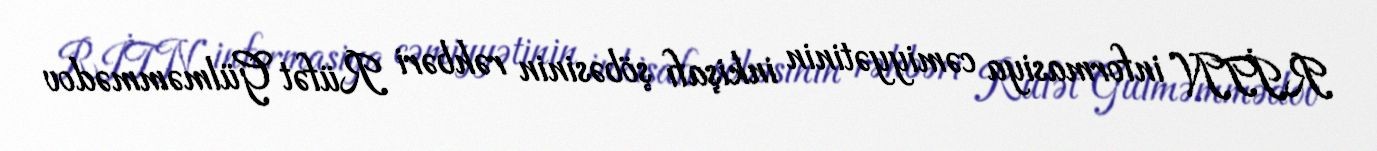
RİTN informasiya cəmiyyətinin inkişafı şöbəsinin rəhbəri Rüfət Gülməmmədov